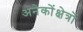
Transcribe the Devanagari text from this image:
अनेकोंक्षेत्रों